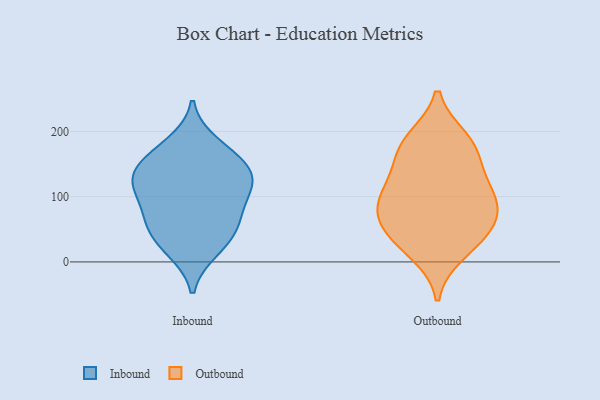
{"axis": {"x": "Tickets Resolved", "y": "Value"}, "legend": ["Inbound", "Outbound"], "data": [{"x": "", "y": 134, "type": "Inbound"}, {"x": "", "y": 130, "type": "Inbound"}, {"x": "", "y": 18, "type": "Inbound"}, {"x": "", "y": 181, "type": "Inbound"}, {"x": "", "y": 64, "type": "Inbound"}, {"x": "", "y": 63, "type": "Inbound"}, {"x": "", "y": 119, "type": "Inbound"}, {"x": "", "y": 157, "type": "Inbound"}, {"x": "", "y": 106, "type": "Inbound"}, {"x": "", "y": 28, "type": "Inbound"}, {"x": "", "y": 108, "type": "Inbound"}, {"x": "", "y": 57, "type": "Inbound"}, {"x": "", "y": 157, "type": "Inbound"}, {"x": "", "y": 181, "type": "Outbound"}, {"x": "", "y": 174, "type": "Outbound"}, {"x": "", "y": 88, "type": "Outbound"}, {"x": "", "y": 14, "type": "Outbound"}, {"x": "", "y": 110, "type": "Outbound"}, {"x": "", "y": 88, "type": "Outbound"}, {"x": "", "y": 188, "type": "Outbound"}, {"x": "", "y": 72, "type": "Outbound"}, {"x": "", "y": 44, "type": "Outbound"}, {"x": "", "y": 144, "type": "Outbound"}, {"x": "", "y": 33, "type": "Outbound"}, {"x": "", "y": 116, "type": "Outbound"}, {"x": "", "y": 60, "type": "Outbound"}]}